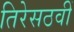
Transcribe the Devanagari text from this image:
तिरेसठवीं